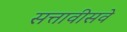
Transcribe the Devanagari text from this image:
सत्तावीसवे